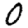
Digit: 0